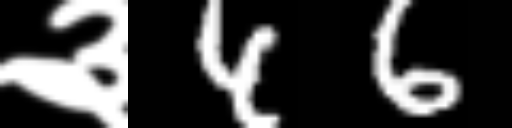
Text: ३46